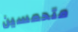
متحمسين